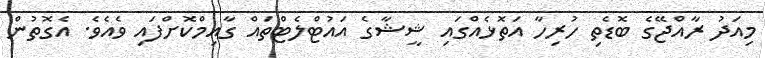
މިއަދު ރާއްޖޭގެ ބޮޑެތި ހުރިހާ އަތޮޅެއްގައި ޝީޝާގެ އައުޓްލެޓްތައް ގާއިމްކޮށްފައި ވެއެވެ. އެގޮތުން